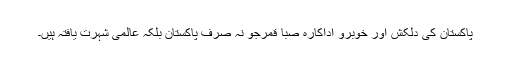
پاکستان کی دلکش اور خوبرو اداکارہ صبا قمرجو نہ صرف پاکستان بلکہ عالمی شہرت یافتہ ہیں۔